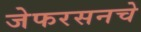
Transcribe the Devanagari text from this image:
जेफरसनचे